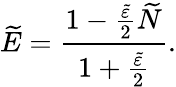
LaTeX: \widetilde{E}=\frac{1-\frac{\widetilde{\varepsilon}}{2}\widetilde{N}}{1+\frac{\widetilde{\varepsilon}}{2}}.